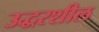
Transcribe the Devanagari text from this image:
उद्धरशील